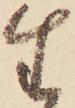
生